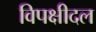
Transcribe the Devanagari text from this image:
विपक्षीदल